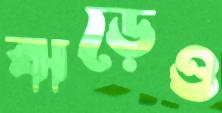
ঝড়েও